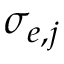
\sigma _ { e , j }